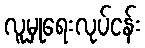
လူမှုရေးလုပ်ငန်း